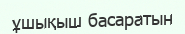
ұшықыш басаратын